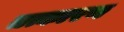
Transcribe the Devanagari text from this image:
तत्कारण